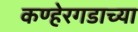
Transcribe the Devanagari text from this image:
कण्हेरगडाच्या